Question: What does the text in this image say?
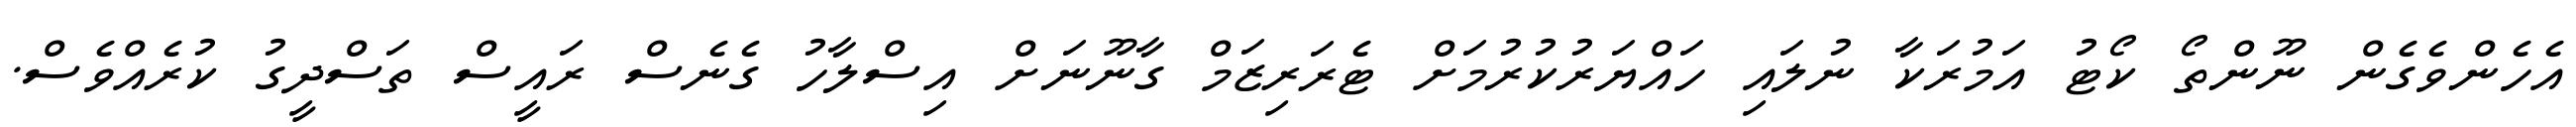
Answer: އެހެންވެގެން ނޫންތޯ ކޯޓު އަމުރަކާ ނުލައި ހައްޔަރުކުރުމަށް ޓެރަރިޒަމް ގާނޫނަށް އިސްލާހު ގެނެސް ރައީސް ތަސްދީގު ކުރެއްވެސް.